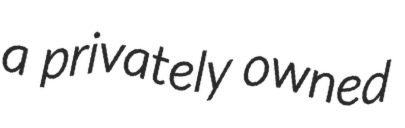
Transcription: a privately owned